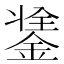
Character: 𨨼